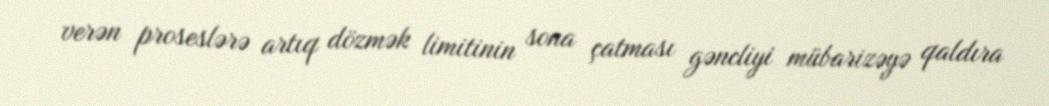
verən proseslərə artıq dözmək limitinin sona çatması gəncliyi mübarizəyə qaldıra